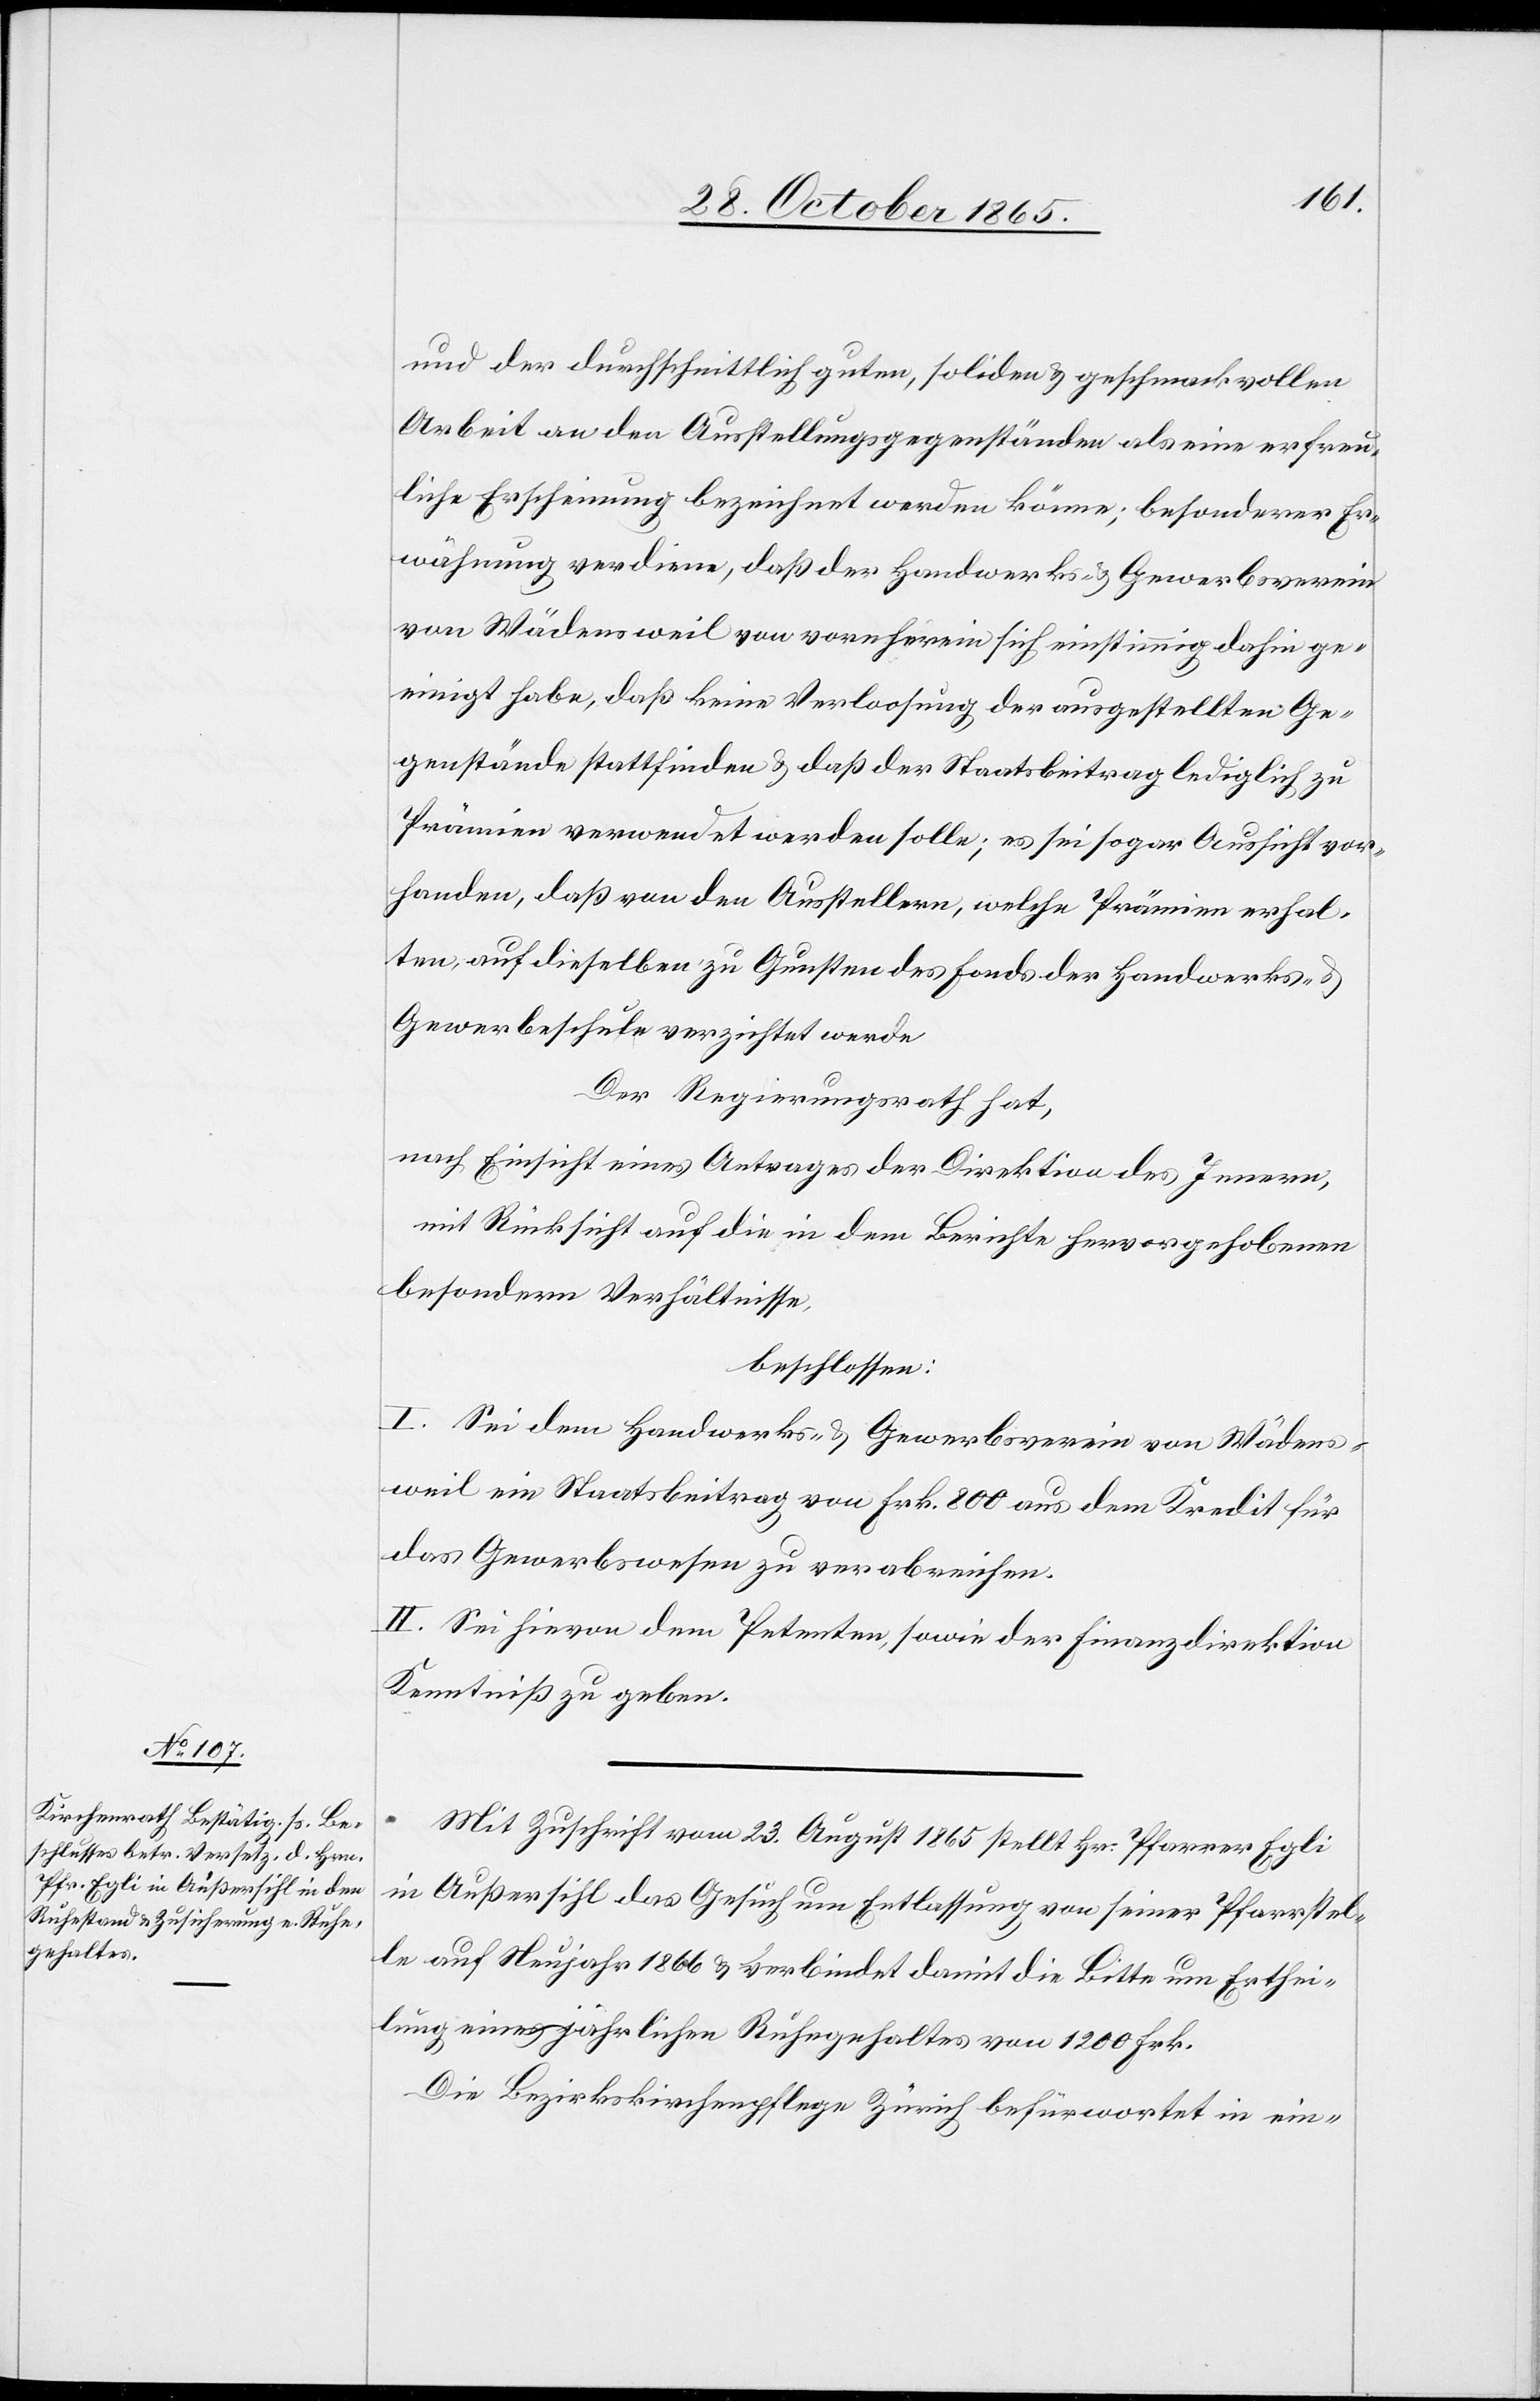
und der durchschnittlich guten, soliden & geschmackvollen
Arbeit an den Ausstellungsgegenständen als eine erfreu¬
liche Erscheinung bezeichnet werden könne; besonderer Er¬
wähnung verdiene, daß der Handwerks- & Gewerbsverein
von Wädensweil von vornherein sich einstimmig dahin ge¬
einigt habe, daß keine Verloosung der ausgestellten Ge¬
genstände stattfinden & daß der Staatsbeitrag lediglich zu
Prämien verwendet werden solle; es sei sogar Aussicht vor¬
handen, daß von den Ausstellern, welche Prämien erhal¬
ten, auf dieselben zu Gunsten des Fonds der Handwerks- &
Gewerbeschule verzichtet werde[.]
Der Regierungsrath hat,
nach Einsicht eines Antrages der Direktion des Innern,
mit Rücksicht auf die in dem Berichte hervorgehobenen
besondern Verhältnisse,
beschlossen:
I. Sei dem Handwerks- & Gewerbsverein von Wädens¬
weil ein Staatsbeitrag von Frk. 800 aus dem Kredit für
das Gewerbswesen zu verabreichen.
II. Sei hievon dem Petenten, sowie der Finanzdirektion
Kenntniß zu geben.
Mit Zuschrift vom 23. August 1865 stellt Hr. Pfarrer Egli
in Außersihl das Gesuch um Entlassung von seiner Pfarrstel¬
le auf Neujahr 1866 & verbindet damit die Bitte um Erthei¬
lung eines jährlichen Ruhegehaltes von 1200 Frk.
Die Bezirkskirchenpflege Zürich befürwortet in ein-